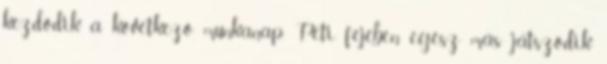
kezdődik a következő munkanap. Peti fejében egész más játszódik